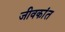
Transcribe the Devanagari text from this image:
जीवकांत